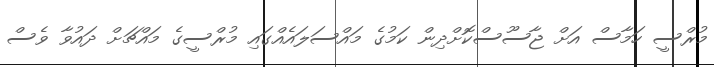
މުރްސީ ހަމާސް އަށް ޖާސޫސްކޮށްދިން ކަމުގެ މައްސަލައެއްގައި މުރްސީގެ މައްޗަށް ދައުވާ ވެސް